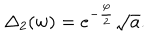
\Delta _ { 2 } ( w ) = e ^ { - \frac { \varphi } { 2 } } \sqrt { a } .